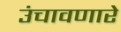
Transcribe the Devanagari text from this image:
उंचावणारे